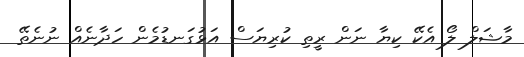
މާޝަލް ލޯ އެކޭ ކިޔާ ނަން ރީތި ކުރިޔަސް އަޅުގަނޑުމެން ހަދާނެއް ނުނެތޭ